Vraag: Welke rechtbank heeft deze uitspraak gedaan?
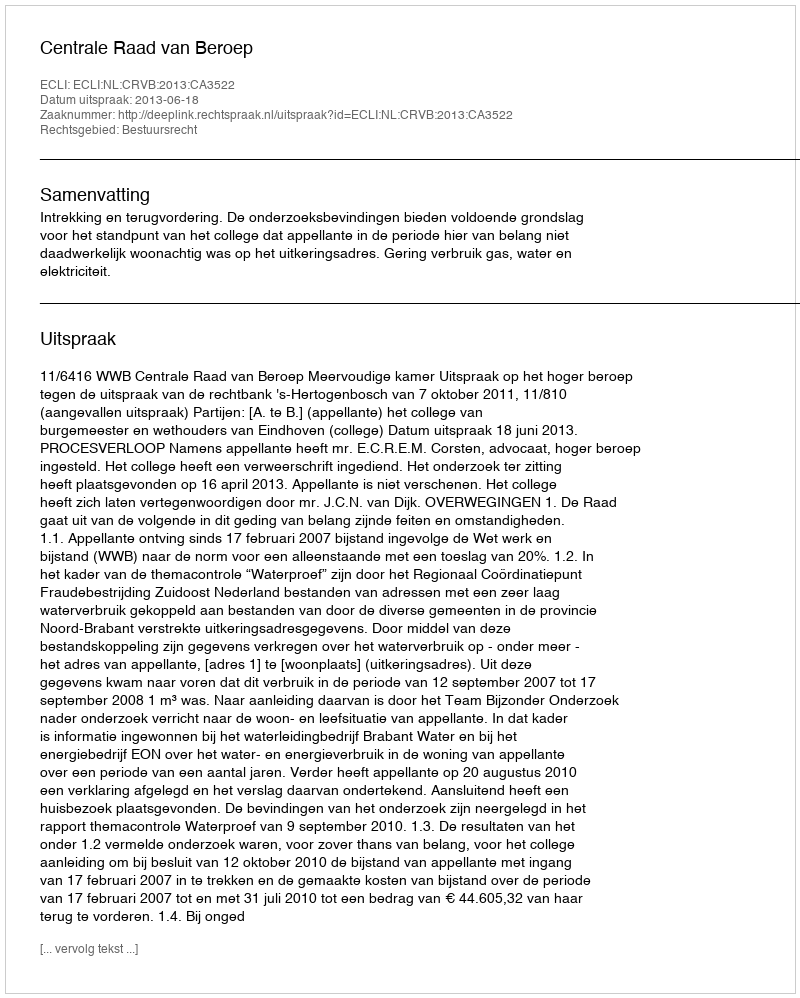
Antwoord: Centrale Raad van Beroep